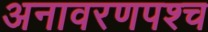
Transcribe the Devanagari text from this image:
अनावरणपश्च